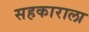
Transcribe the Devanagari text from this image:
सहकाराला